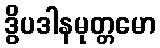
ဒွိပဒါနမုတ္တမော